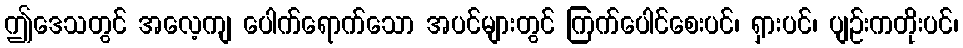
ဤဒေသတွင် အလေ့ကျ ပေါက်ရောက်သော အပင်များတွင် ကြက်ပေါင်စေးပင်၊ ရှားပင်၊ ပျဉ်းကတိုးပင်၊